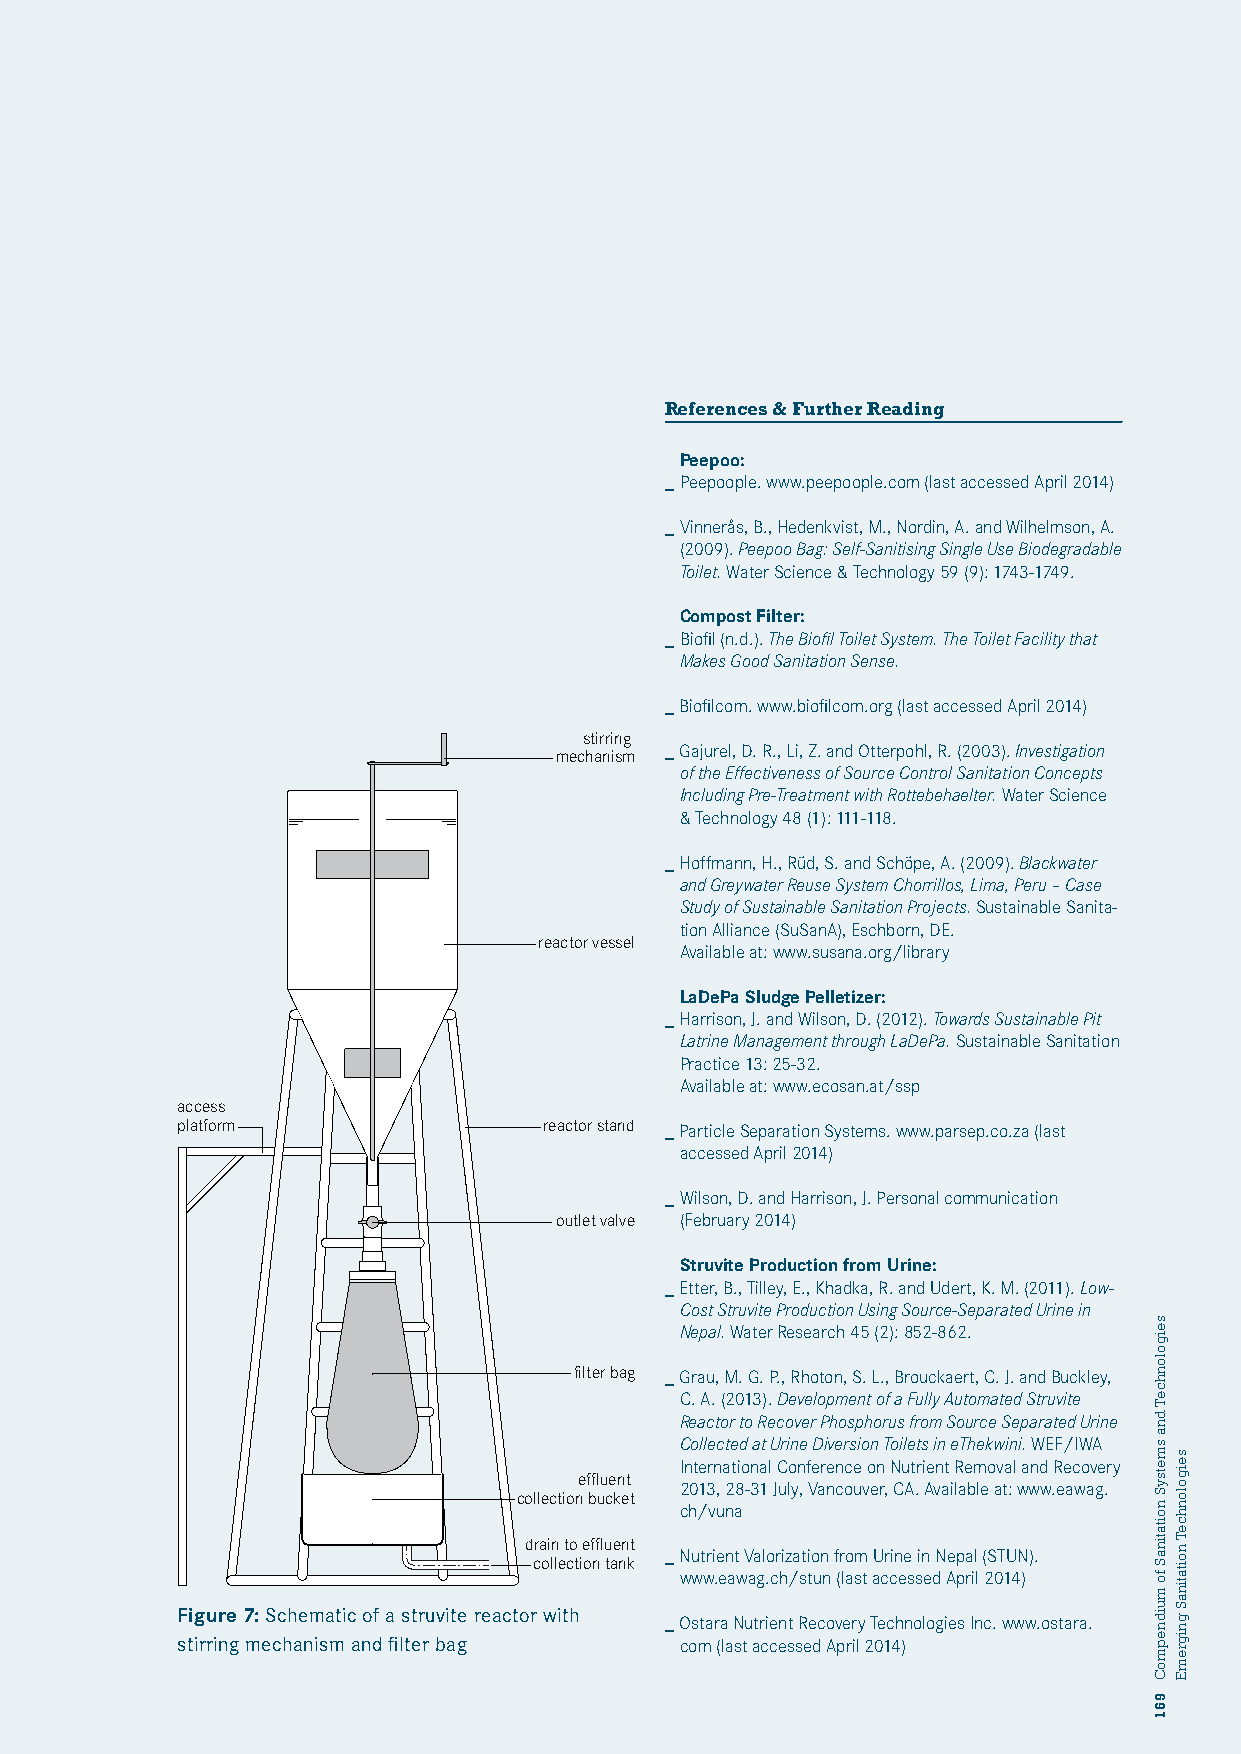
References & Further Reading
 Peepoo:
 _ Peepoople. www.peepoople.com (last accessed April 2014)
 _ Vinnerås, B., Hedenkvist, M., Nordin, A. and Wilhelmson, A.
 (2009). Peepoo Bag: Self-Sanitising Single Use Biodegradable
 Toilet. Water Science & Technology 59 (9): 1743-1749.
 Compost Filter:
 Struvite Reaktor
 _ Biofil (n.d.). The Biofil Toilet System. The Toilet Facility that
 Makes Good Sanitation Sense.
 _ Biofilcom. www.biofilcom.org (last accessed April 2014)
 stirring
 _ Gajurel, D. R., Li, Z. and Otterpohl, R. (2003). Investigation
 mechanism
 of the Effectiveness of Source Control Sanitation Concepts
 Including Pre-Treatment with Rottebehaelter. Water Science
 & Technology 48 (1): 111-118.
 _ Hoffmann, H., Rüd, S. and Schöpe, A. (2009). Blackwater
 and Greywater Reuse System Chorrillos, Lima, Peru – Case
 Study of Sustainable Sanitation Projects. Sustainable Sanita-
 tion Alliance (SuSanA), Eschborn, DE.
 reactor vessel
 Available at: www.susana.org/library
 LaDePa Sludge Pelletizer:
 _ Harrison, J. and Wilson, D. (2012). Towards Sustainable Pit
 Latrine Management through LaDePa. Sustainable Sanitation
 Practice 13: 25-32.
 Available at: www.ecosan.at/ssp
 access
 platform                reactor stand _ Particle Separation Systems. www.parsep.co.za (last
 accessed April 2014)
 _ Wilson, D. and Harrison, J. Personal communication
 outlet valve (February 2014)
 Struvite Production from Urine:
 _ Etter, B., Tilley, E., Khadka, R. and Udert, K. M. (2011). Low-
 Cost Struvite Production Using Source-Separated Urine in
 Nepal. Water Research 45 (2): 852-862.
 filter bag _ Grau, M. G. P., Rhoton, S. L., Brouckaert, C. J. and Buckley,
 C. A. (2013). Development of a Fully Automated Struvite
 Reactor to Recover Phosphorus from Source Separated Urine
 Collected at Urine Diversion Toilets in eThekwini. WEF/IWA
 International Conference on Nutrient Removal and Recovery
 effluent
 2013, 28-31 July, Vancouver, CA. Available at: www.eawag.
 collection bucket
 ch/vuna
 drain to effluent _ Nutrient Valorization from Urine in Nepal (STUN).
 collection tank
 www.eawag.ch/stun (last accessed April 2014)
 Figure 7: Schematic of a struvite reactor with
 _ Ostara Nutrient Recovery Technologies Inc. www.ostara.
 stirring mechanism and filter bag com (last accessed April 2014)
 seigolonhceT
 dna
 smetsyS
 noitatinaS
 fo
 muidnepmoC
 961
 seigolonhceT
 noitatinaS
 gnigremE